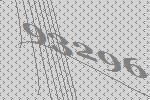
93296